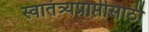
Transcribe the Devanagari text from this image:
स्वातंत्र्यप्राप्तीसाठी